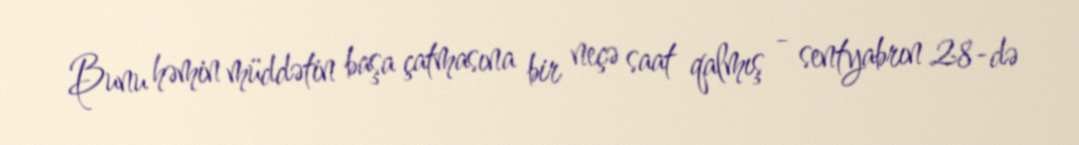
Bunu həmin müddətin başa çatmasına bir neçə saat qalmış - sentyabrın 28-də